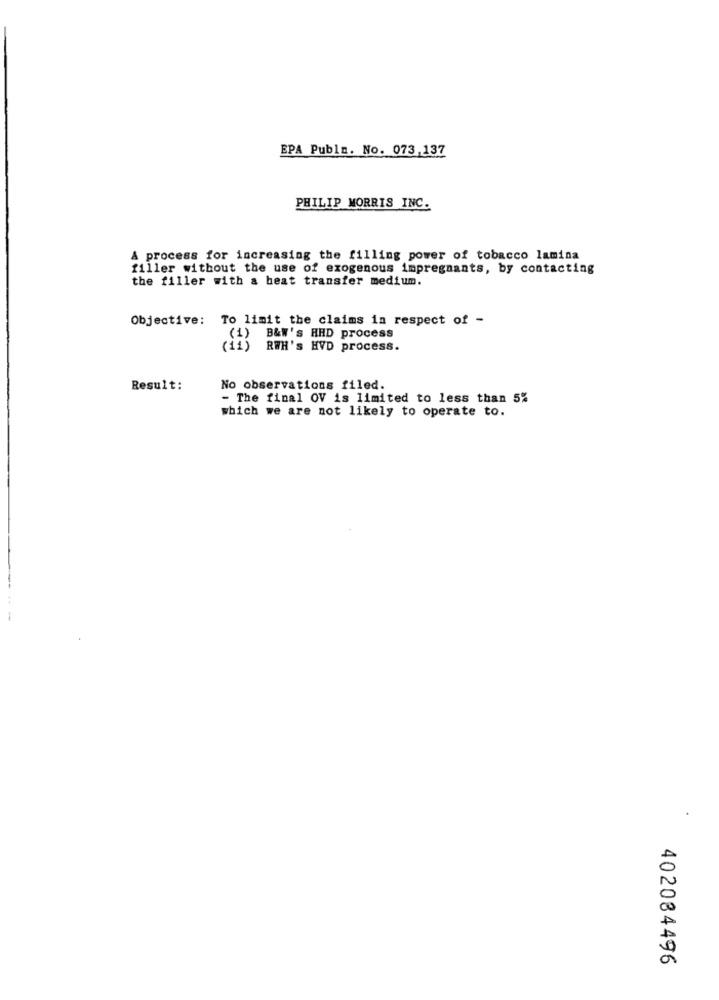
EPA Publa. No. 073,137
PHILIP MORRIS INC.
A process for increasing the filling power of tobacco lamina
filler without the use of exogenous impregnants, by contacting
the filler with a heat transfer medium.
Objective: To limit the claims in respect of -
B&W's HAD process
RWH's HVD process.
Result:
No observations filed.
- The final OV is limited to less than 5%
which we are not likely to operate to.
402084496